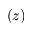
( z )